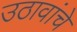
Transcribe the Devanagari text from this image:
उठावांचे